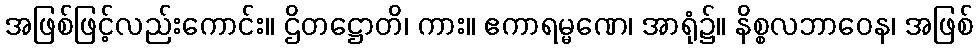
အဖြစ်ဖြင့်လည်းကောင်း။ ဌိတဋ္ဌောတိ၊ ကား။ ဧကာရမ္မဏေ၊ အာရုံ၌။ နိစ္စလဘာဝေန၊ အဖြစ်